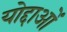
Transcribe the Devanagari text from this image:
योद्दाओं